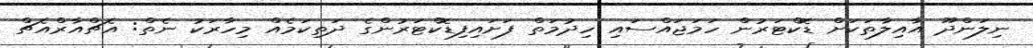
ނިލަންދޫ އާއިލާތަކަށް ޑޮކްޓަރުން ހަމަޖައްސައި ހިދުމަތް ފަށައިފިޑޮކްޓަރުންގެ ދަތިކަމެއް މިހާރަކު ނެތް: އެޗްއާރްއެޗް